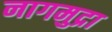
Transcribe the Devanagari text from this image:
नागमुद्रा